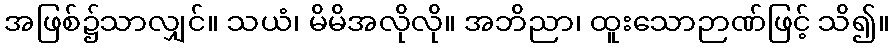
အဖြစ်၌သာလျှင်။ သယံ၊ မိမိအလိုလို။ အဘိညာ၊ ထူးသောဉာဏ်ဖြင့် သိ၍။